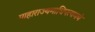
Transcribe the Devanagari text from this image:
माहाराज्यमाधिपत्यमयं